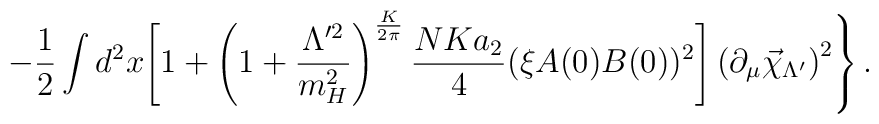
\left.-\frac12\int d^2x\Biggl[1+\left(1+\frac{\Lambda'^{2}}{m_H^2}\right)^{\frac{K}{2\pi}}\frac{NKa_2}{4}(\xi A(0)B(0))^2\Biggr]\left(\partial_\mu\vec\chi_{\Lambda'}\right)^2\right\}.